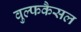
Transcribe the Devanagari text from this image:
वुल्फकैसल